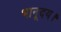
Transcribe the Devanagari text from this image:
भानूदय।